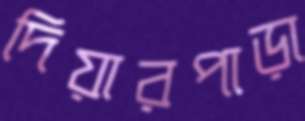
দিয়ারপাড়া